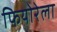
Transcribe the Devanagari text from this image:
फियोरेला